Leaving Certificate Examination, 1916
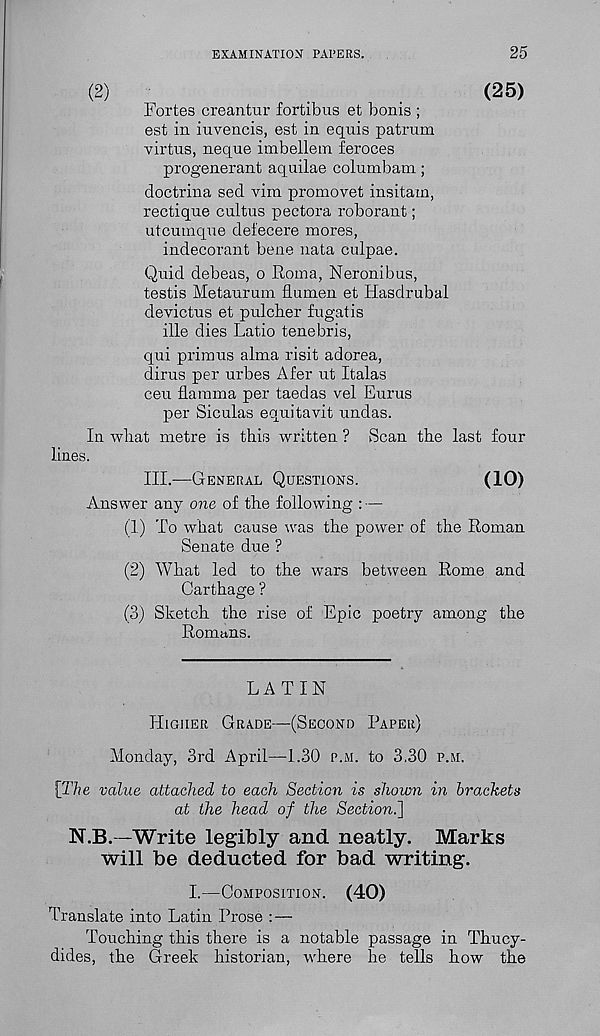
EXAMINATION PAPERS.
25
(2)
(25)
Fortes creantur fortibus et bonis ;
est in iuvencis, est in equis patrum
virtns, neque imbellem feroces
progenerant aquilae columbam;
doctrina sed vim promovet insitam,
rectique cultus pectora roborant;
utcumque defecere mores,
indecorant bene nata culpae.
Quid debeas, o Roma, Neronibus,
testis Metaurum flumen et Hasdrubal
devictus et pulcber fugatis
ille dies Ratio tenebris,
qui primus alma risit adorea,
dirus per urbes Afer ut Italas
ceu flamma per taedas vel Eurus
per Siculas equitavit undas.
In wliat metre is this written ? Scan the last four
lines.
III.—GENERAL QUESTIONS.
(10)
Answer any one of the following : —
(1) To what cause was the power of the Roman
Senate due ?
(2) What led to the wars between Rome and
Carthage ?
(3) Sketch the rise of Epic poetry among the
Romans.
LATIN
HIGHER GRADE—(SECOND PAPER)
Monday, 3rd April—1.30 P.M. to 3.30 P.M.
[The value attached to each Section is shown in brackets
at the head of the Section^]
N.B.—Write legibly and neatly. Marks
will be deducted for bad writing.
I.—COMPOSITION.
(40)
Translate into Latin Prose : —
Touching this there is a notable passage in Thucy-
dides, the Greek historian, where he tells how the